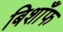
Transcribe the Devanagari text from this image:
बिशाँफ